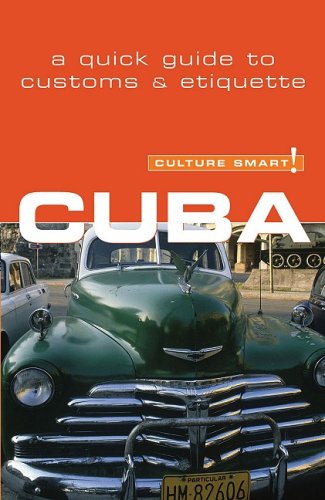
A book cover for Culture Smart! Cuba (Culture Smart! The Essential Guide to Customs & Culture); Mandy McDonald; Travel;